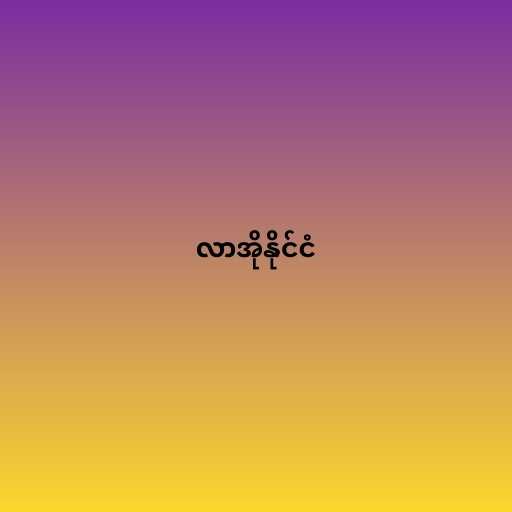
လာအိုနိုင်ငံ